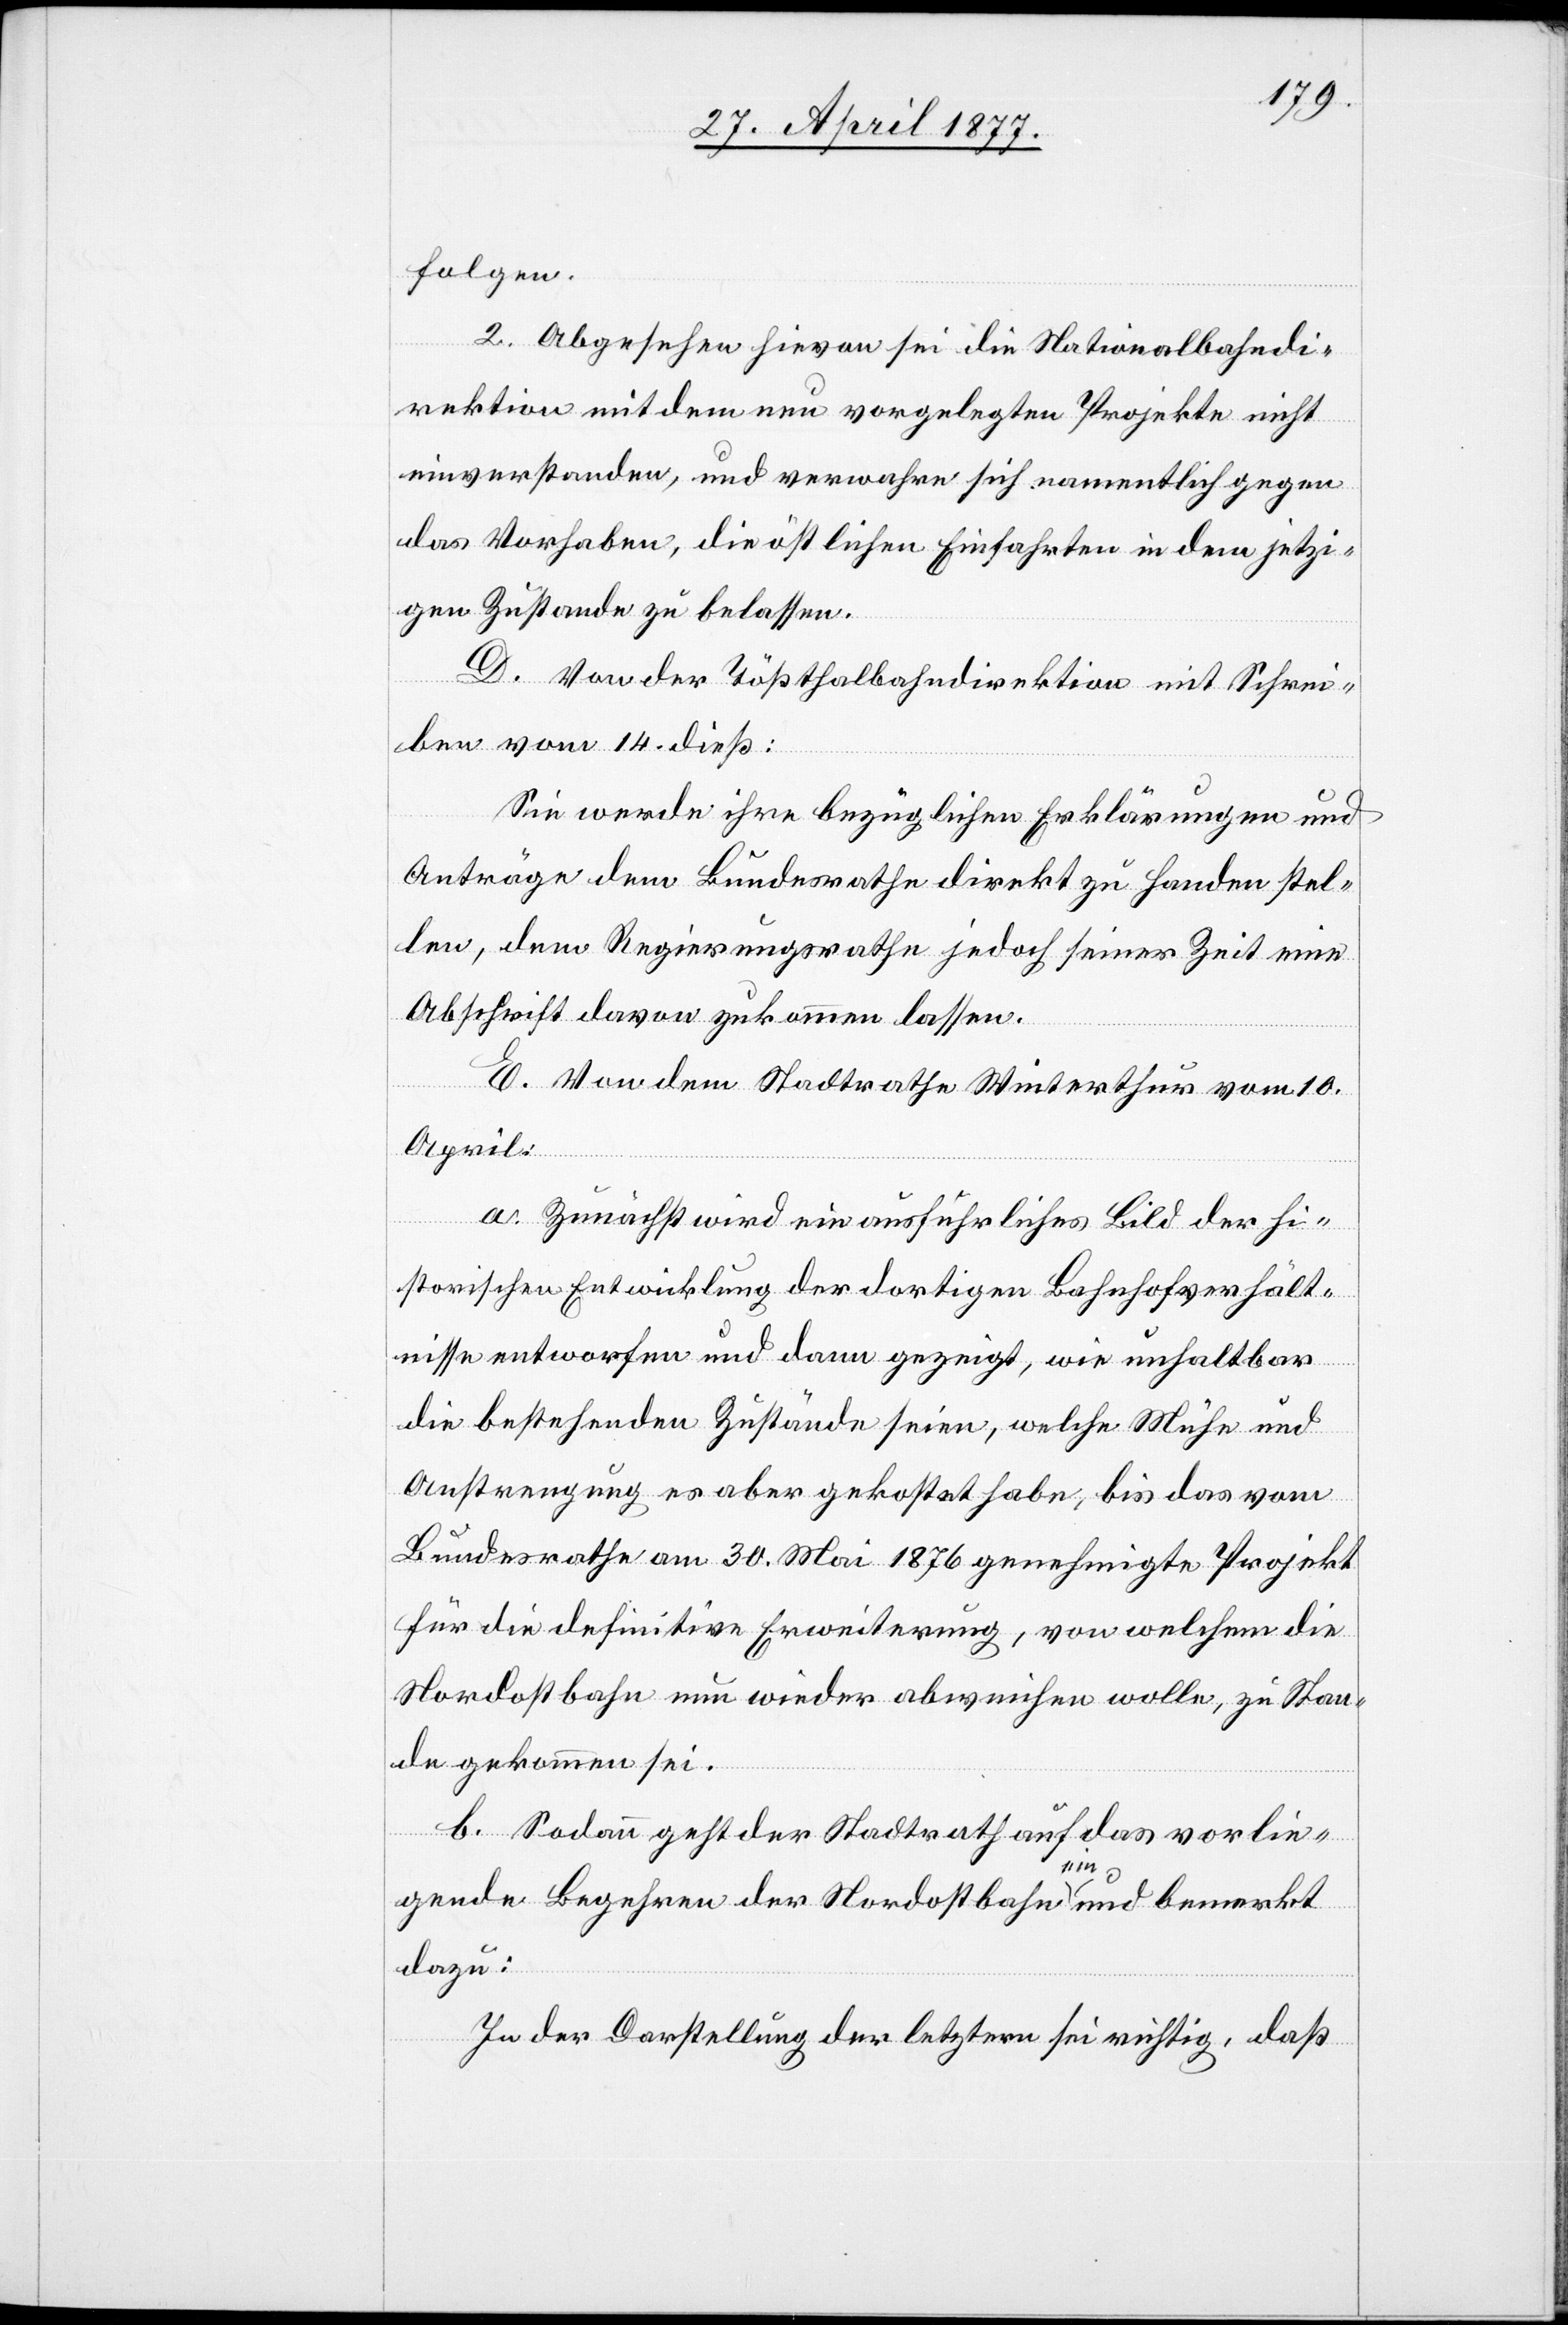
folgen.
2. Abgesehen hievon sei die Nationalbahndi¬
rektion mit dem neu vorgelegten Projekte nicht
einverstanden, und verwahre sich namentlich gegen
das Vorhaben, die östlichen Einfahrten in dem jetzi¬
gen Zustande zu belassen.
D. Von der Tößthalbahndirektion mit Schrei¬
ben vom 14. dieß:
Sie werde ihre bezüglichen Erklärungen und
Anträge dem Bundesrathe direkt zu Handen stel¬
len, dem Regierungsrathe jedoch seiner Zeit eine
Abschrift davon zukommen lassen.
E. Von dem Stadtrathe Winterthur vom 10.
April:
a. Zunächst wird ein ausführliches Bild der hi¬
storischen Entwicklung der dortigen Bahnhofverhält¬
nisse entworfen und dann gezeigt, wie unhaltbar
die bestehenden Zustände seien, welche Mühe und
Anstrengung es aber gekostet habe, bis das vom
Bundesrathe am 30. Mai 1876 genehmigte Projekt
für die definitive Erweiterung, von welchem die
Nordostbahn nun wieder abweichen wolle, zu Stan¬
de gekommen sei.
b. Sodann geht der Stadtrath auf das vorlie¬
gende Begehren der Nordostbahn ein und bemerkt
dazu:
In der Darstellung der letztern sei richtig, daß